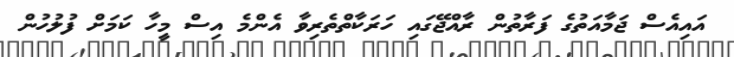
އައިއެސް ޖަމާއަތުގެ ފަރާތުން ރާއްޖޭގައި ހަރަކާތްތެރިވާ އެންމެ އިސް މީހާ ކަމަށް ފުލުހުން